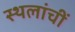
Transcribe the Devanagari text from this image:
स्थलांचीं